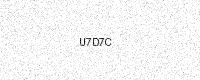
Text: U7D7C